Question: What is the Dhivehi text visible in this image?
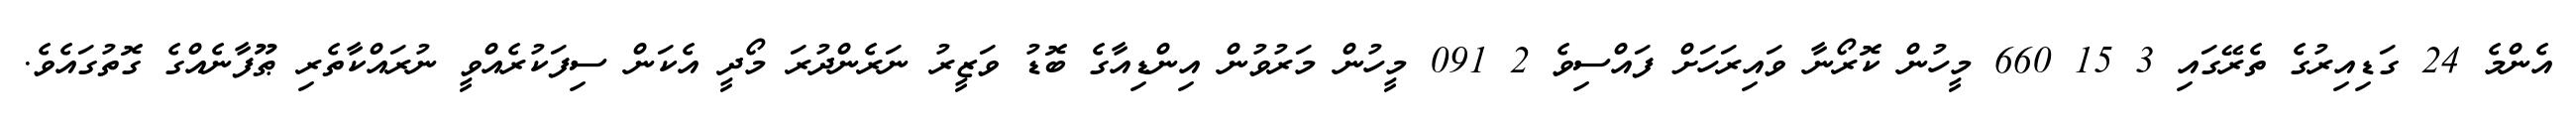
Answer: އެންމެ 24 ގަޑިއިރުގެ ތެރޭގައި 3 15 660 މީހުން ކޮރޯނާ ވައިރަހަށް ފައްސިވެ 2 091 މީހުން މަރުވުން އިންޑިއާގެ ބޮޑު ވަޒީރު ނަރެންދުރަ މޯދީ އެކަން ސިފަކުރެއްވީ ނުރައްކާތެރި ޠޫފާނެއްގެ ގޮތުގައެވެ.